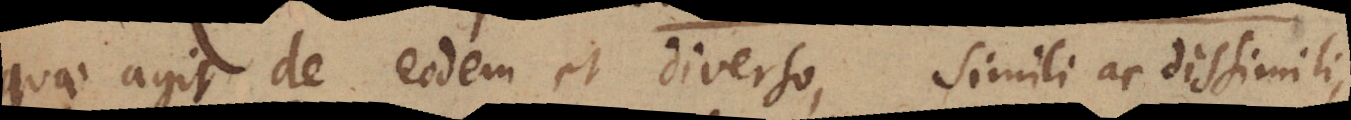
quae agit de eodem et diverso, simili ac dissimili,